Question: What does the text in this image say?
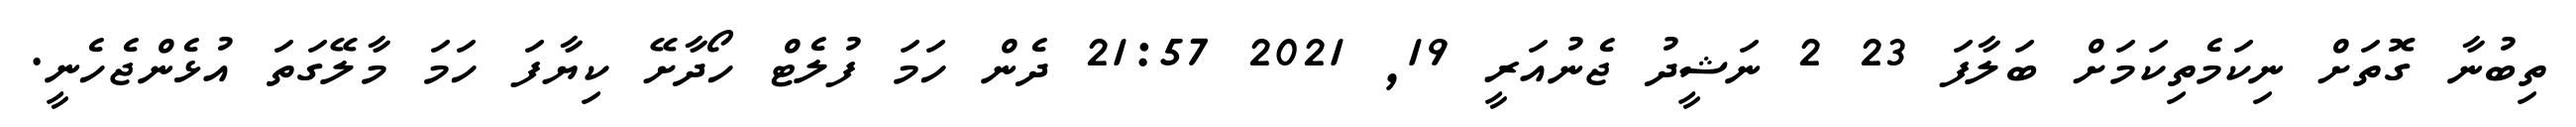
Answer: ތިބުނާ ގޮތަށް ނިކަމެތިކަމަށް ބަލާފަ 23 2 ނަޝީދު ޖެނުއަރީ 19, 2021 21:57 ދެން ހަމަ ފުލެޓް ހޯދާށޭ ކިޔާފަ ހަމަ މާލޭގަތަ އުޅެންޖެހެނީ.